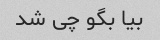
بیا بگو چی شد